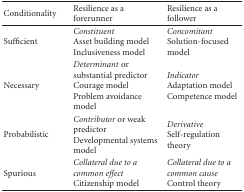
| Conditionality | Resilience as a forerunner | Resilience as a follower |
 | --- | --- | --- |
 | Sufficient | Constituent Asset building model Inclusiveness model | Concomitant Solution-focused model |
 | Necessary | Determinant orsubstantial predictor Courage model Problem avoidance model | Indicator  Adaptation model Competence model |
 | Probabilistic | Contributor or weak predictor Developmental systems model | Derivative Self-regulation theory |
 | Spurious | Collateral due to a common effect Citizenship model | Collateral due to a common cause Control theory |